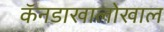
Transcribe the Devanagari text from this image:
कॅनडाखालोखाल